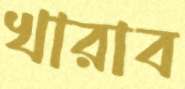
খারাব